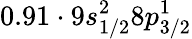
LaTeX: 0.91\cdot 9s_{1/2}^{2}8p_{3/2}^{1}